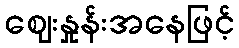
ဈေးနှုန်းအနေဖြင့်